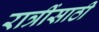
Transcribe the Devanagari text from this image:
रात्रींसाठी